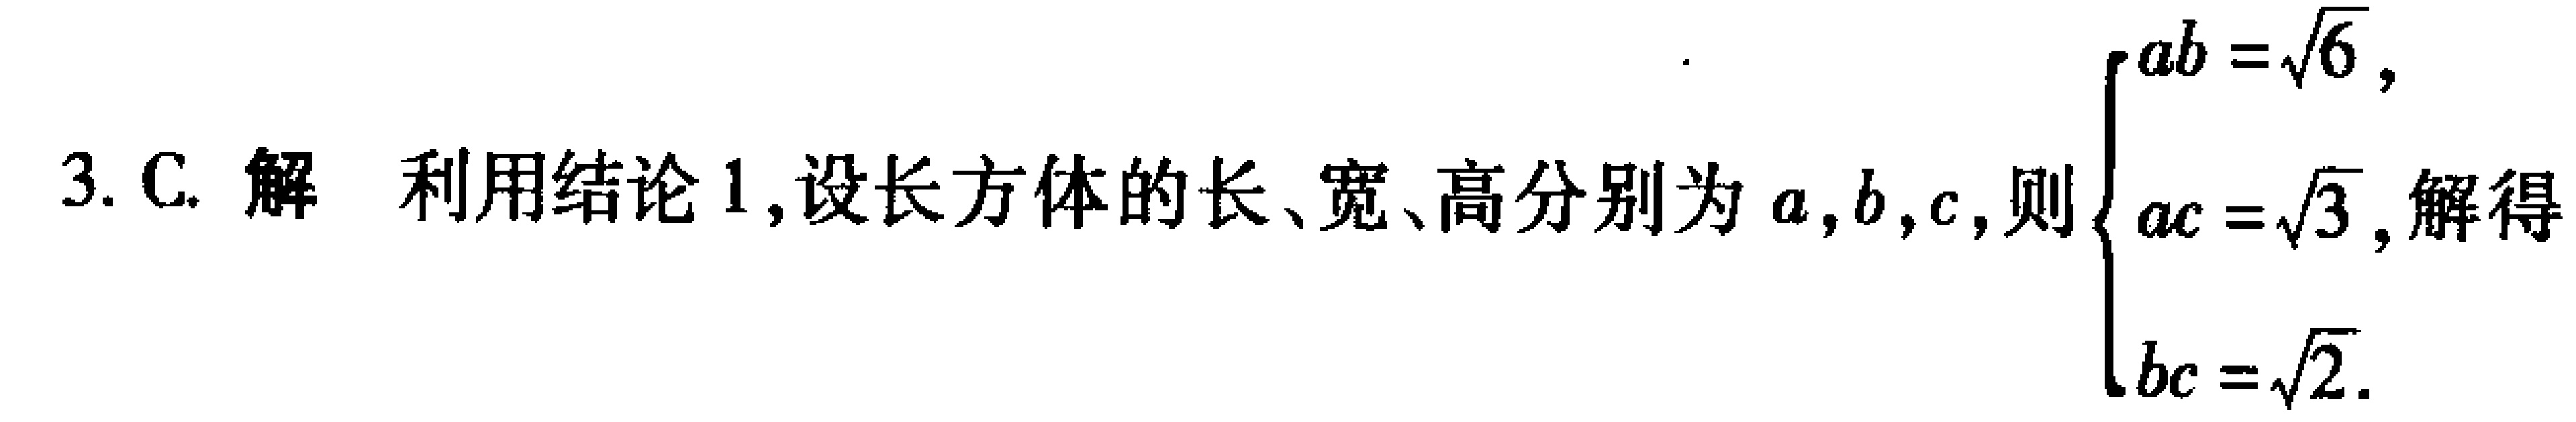
3. C. 解 利用结论 1,设长方体的长、宽、高分别为\(a,b,c\),则\(\begin{cases}ab = \sqrt{6},\\ac = \sqrt{3},\\bc = \sqrt{2}.\end{cases}\)